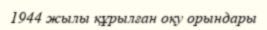
1944 жылы құрылған оқу орындары